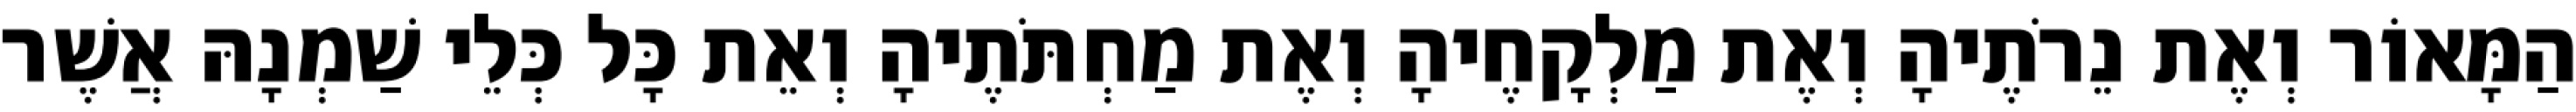
הַמָּאוֹר וְאֶת נֵרֹתֶיהָ וְאֶת מַלְקָחֶיהָ וְאֶת מַחְתֹּתֶיהָ וְאֵת כָּל כְּלֵי שַׁמְנָהּ אֲשֶׁר